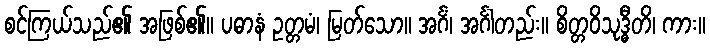
စင်ကြယ်သည်၏ အဖြစ်၏။ ပဓာနံ ဥတ္တမံ၊ မြတ်သော။ အင်္ဂံ၊ အင်္ဂါတည်း။ စိတ္တဝိသုဒ္ဓီတိ၊ ကား။